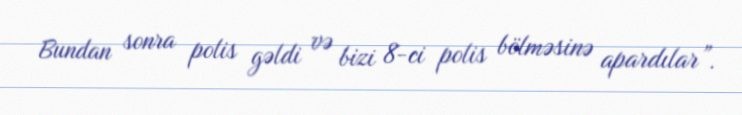
Bundan sonra polis gəldi və bizi 8-ci polis bölməsinə apardılar”.